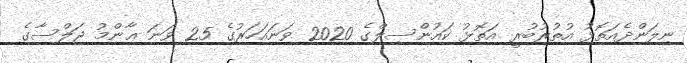
ނިލަންދެއަތޮޅު އުތުރުބުރީ އަތޮޅު ކައުންސިލްގެ 2020 ވަނައަހަރުގެ 25 ވަނަ ޢާންމު ޖަލްސާގެ